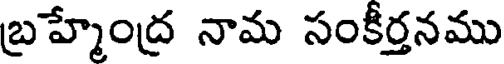
బ్రహ్మేంద్ర నామ సంకీర్తనము